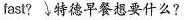
fast? 特德早餐想要什么?